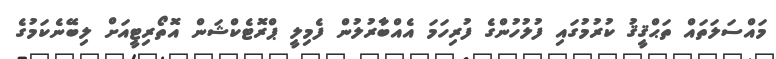
މައްސަލަތައް ތަޙްޤީޤު ކުރުމުގައި ފުލުހުންގެ ފުރިހަމަ އެއްބާރުލުން ފެމިލީ ޕްރޮޓެކްޝަން އޮތޯރިޓީއަށް ލިބޭނެކަމުގެ